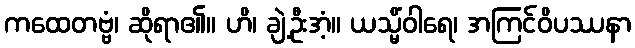
ကထေတဗ္ဗံ၊ ဆိုရာ၏။ ဟိ၊ ချဲ့ဦးအံ့။ ယသ္မိံဝါရေ၊ အကြင်ဝိပဿနာ